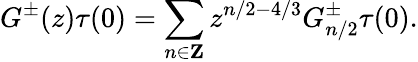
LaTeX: G^{\pm}(z)\tau(0)=\sum_{n\in{\mathbf Z}}z^{n/2-4/3}G_{n/2}^{\pm}\tau(0).